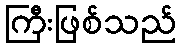
ကြီးဖြစ်သည်